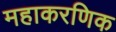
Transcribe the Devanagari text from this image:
महाकरणिक